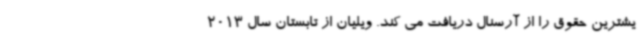
یشترین حقوق را از آرسنال دریافت می کند. ویلیان از تابستان سال 2013